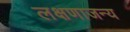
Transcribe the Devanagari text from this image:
लक्षणाजन्य